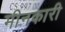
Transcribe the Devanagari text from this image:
मीनकारी